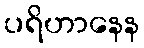
ပရိဟာနေန